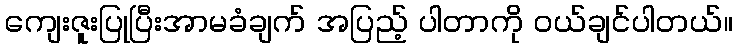
ကျေးဇူးပြုပြီးအာမခံချက် အပြည့် ပါတာကို ဝယ်ချင်ပါတယ်။